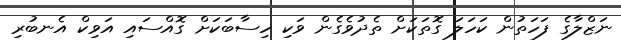
ނަޒްލާގެ ފަހަތުން ކަހަލަ ގޮތަކަށް ތެދުވެގެން ވަކި ހިސާބަކަށް ގޮއްސައި އަވިކް އެނބުރި